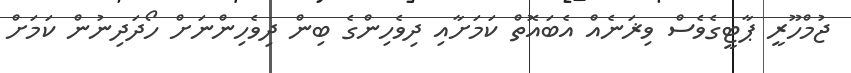
ޖުމްހޫރީ ޕާޓީގެވެސް ވިޜަނެއް އެބައޮތް ކަމަށާއި ދިވެހިންގެ ބިން ދިވެހިންނަށް ހޯދަދިނުން ކަމަށް